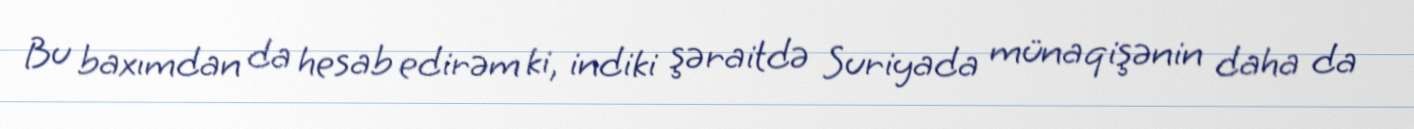
Bu baxımdan da hesab edirəm ki, indiki şəraitdə Suriyada münaqişənin daha da